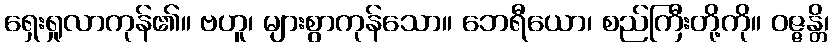
ရှေးရှုလာကုန်၏။ ဗဟူ၊ များစွာကုန်သော။ ဘေရီယော၊ စည်ကြီးတို့ကို။ ဝဇ္ဇန္တိ၊